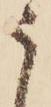
う